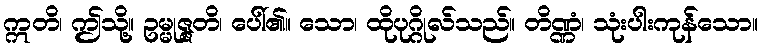
ဣတိ၊ ဤသို့။ ဥမ္မုဇ္ဇတိ၊ ပေါ်၏။ သော၊ ထိုပုဂ္ဂိုလ်သည်။ တိဏ္ဏံ၊ သုံးပါးကုန်သော။